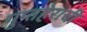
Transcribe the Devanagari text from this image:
गुप्तहेरांची